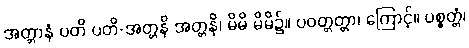
အတ္တာနံ ပတိ ပတိ-အတ္တနိ အတ္တနိ၊ မိမိ မိမိ၌။ ပဝတ္တတ္တာ၊ ကြောင့်။ ပစ္စတ္တံ၊